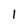
Character: 1